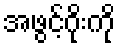
အဖွင့်ဂိုးကို